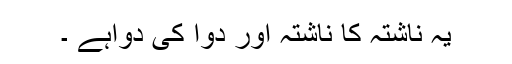
یہ ناشتہ کا ناشتہ اور دوا کی دواہے ۔